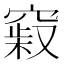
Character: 𥧞